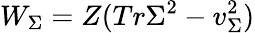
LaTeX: W_{\Sigma}=Z(Tr\Sigma^{2}-v_{\Sigma}^{2})